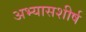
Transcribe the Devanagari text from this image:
अभ्यासशीर्ष